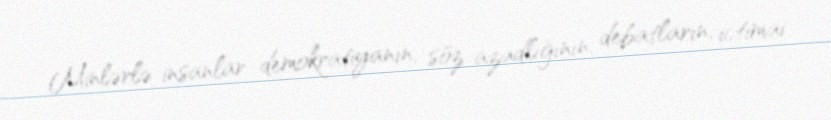
Minlərlə insanlar demokratiyanın, söz azadlığının, debatların, ictimai